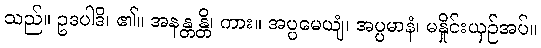
သည်။ ဥဒပါဒိ၊ ၏။ အနန္တန္တိ၊ ကား။ အပ္ပမေယျံ၊ အပ္ပမာနံ၊ မနှိုင်းယှဉ်အပ်။